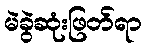
မဲခွဲဆုံးဖြတ်ရာ